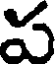
ప